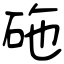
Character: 砤